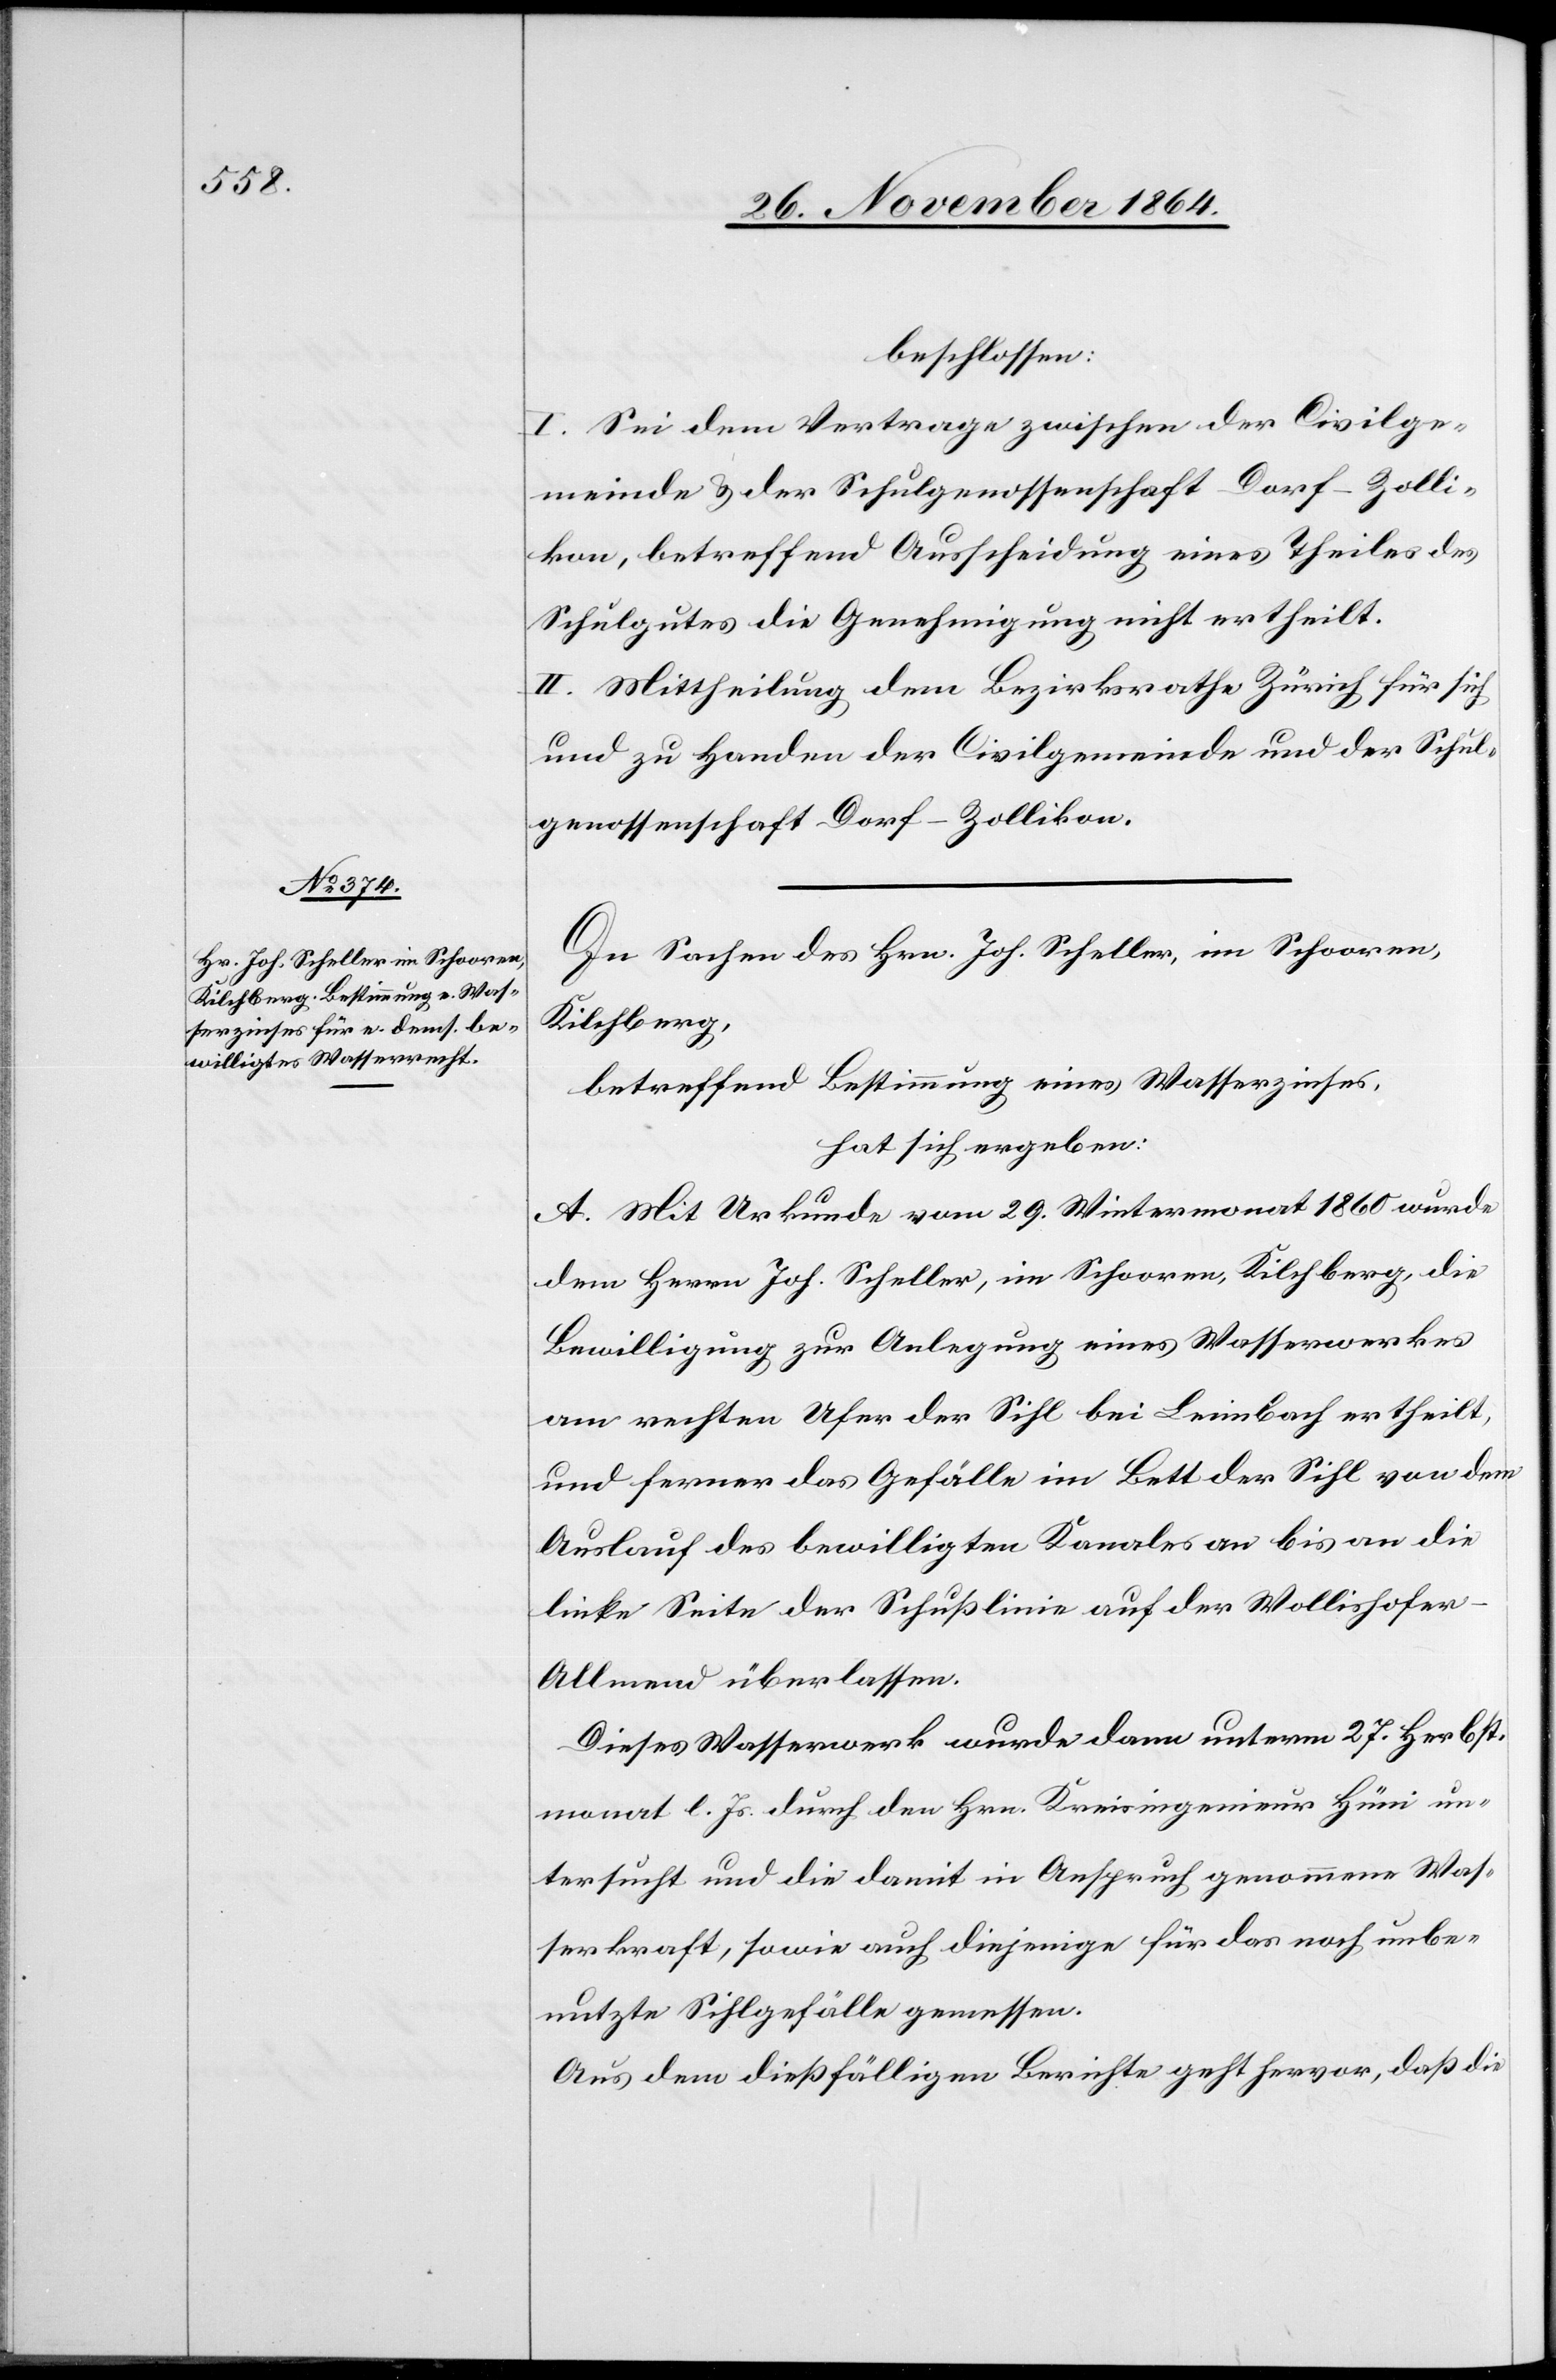
beschlossen:
I. Sei dem Vertrage zwischen der Civilge¬
meinde & der Schulgenossenschaft Dorf-Zolli¬
kon, betreffend Ausscheidung eines Theiles des
Schulgutes die Genehmigung nicht ertheilt.
II. Mittheilung dem Bezirksrathe Zürich für sich
und zu Handen der Civilgemeinde und der Schul¬
genossenschaft Dorf-Zollikon.
In Sachen des Hrn. Joh. Scheller, im Schooren,
Kilchberg,
betreffend Bestimmung eines Wasserzinses,
hat sich ergeben:
A. Mit Urkunde vom 29. Wintermonat 1860 wurde
dem Herrn Joh. Scheller, im Schooren, Kilchberg, die
Bewilligung zur Anlegung eines Wasserwerkes
am rechten Ufer der Sihl bei Leimbach ertheilt,
und ferner das Gefälle im Bett der Sihl von dem
Auslauf des bewilligten Kanales an bis an die
linke Seite der Schußlinie auf der Wollishofe¬
r-Allmend überlassen.
Dieses Wasserwerk wurde dann unterm 27. Herbst¬
monat l. Js. durch den Hrn. Kreisingenieur Hüni un¬
tersucht und die damit in Anspruch genommene Was¬
serkraft, sowie auch diejenige für das noch unbe¬
nutzte Sihlgefälle gemessen.
Aus dem dießfälligen Berichte geht hervor, daß die